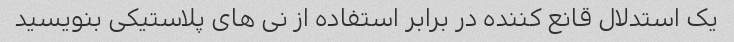
یک استدلال قانع کننده در برابر استفاده از نی های پلاستیکی بنویسید